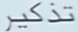
تذکیر